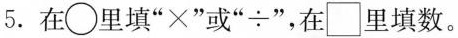
5.在\bigcirc 里填”×”或”÷”，在{\Box } 里填数。